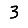
Digit: 3